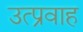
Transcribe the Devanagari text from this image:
उत्प्रवाह